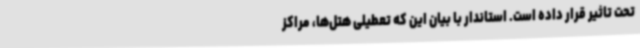
تحت تاثیر قرار داده است. استاندار با بیان این که تعطیلی هتل‌ها، مراکز